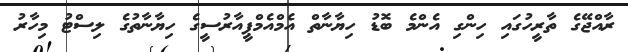
ރާއްޖޭގެ ތާރީހުގައި ހިންގި އެންމެ ބޮޑު ހިޔާނާތް އެމްއެމްޕީއާރުސީގެ ހިޔާނާތުގެ ލިސްޓު މިހާރު